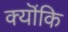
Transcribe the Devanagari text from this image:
क्यॊंकि